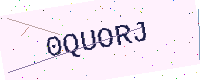
Text: 0QUORJ